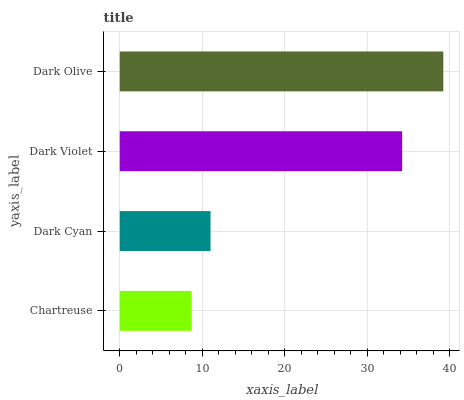
| yaxis_label | bars |
 | --- | --- |
 | Chartreuse | 8.71 |
 | Dark Cyan | 11 |
 | Dark Violet | 34.2 |
 | Dark Olive | 39.2 |